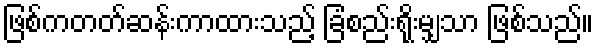
ဖြစ်ကတတ်ဆန်းကာထားသည့် ခြံစည်းရိုးမျှသာ ဖြစ်သည်။